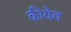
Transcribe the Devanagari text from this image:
कीयेव